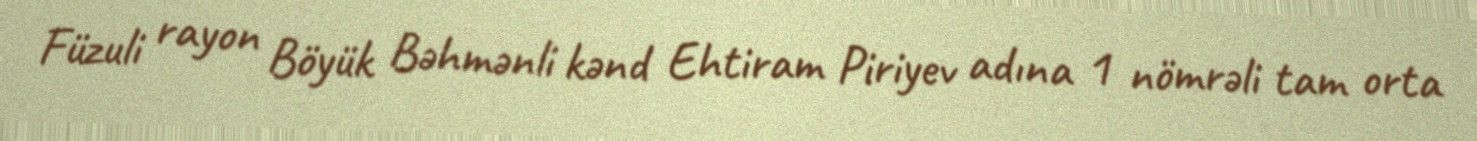
Füzuli rayon Böyük Bəhmənli kənd Ehtiram Piriyev adına 1 nömrəli tam orta